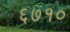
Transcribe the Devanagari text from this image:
६७१०